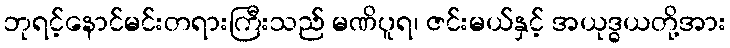
ဘုရင့်နောင်မင်းတရားကြီးသည် မဏိပူရ၊ ဇင်းမယ်နှင့် အယုဒ္ဓယတို့အား